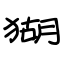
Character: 猢